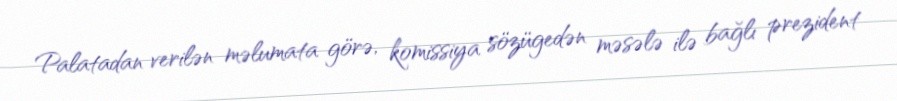
Palatadan verilən məlumata görə, komissiya sözügedən məsələ ilə bağlı prezident